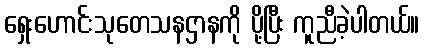
ရှေးဟောင်းသုတေသနဌာနကို ပို့ပြီး ကူညီခဲ့ပါတယ်။